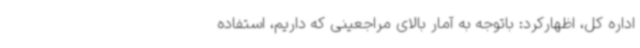
اداره کل، اظهارکرد: باتوجه به آمار بالای مراجعینی که داریم، استفاده